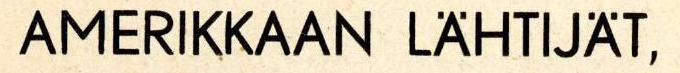
AMERIKKAAN LÄHTIJÄT,